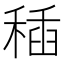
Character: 䅤